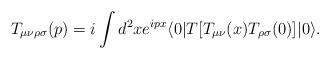
LaTeX: \begin{align*}T_{\mu \nu \rho \sigma}(p) = i \int d^{2}x e^{i p x} \langle 0 \vert T \lbrack T_{\mu\nu}(x) T_{\rho\sigma}(0) \rbrack \vert 0 \rangle.\end{align*}